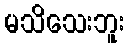
မသိသေးဘူး